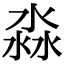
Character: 淼